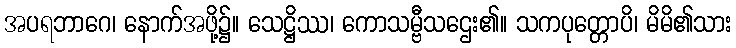
အပရဘာဂေ၊ နောက်အဖို့၌။ သေဋ္ဌိဿ၊ ကောသမ္ဗီသဌေး၏။ သကပုတ္တောပိ၊ မိမိ၏သား